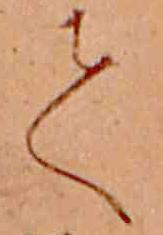
て